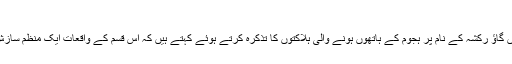
ویڈیو - The Siasat Daily
ممتاز سماجی جہدکار او رمورخ رام پنیانی اپنے اس ویڈیو میں گاؤ رکشہ کے نام پر ہجوم کے ہاتھوں ہونے والی ہلاکتوں کا تذکرہ کرتے ہوئے کہتے ہیں کہ اس قسم کے واقعات ایک منظم سازش کا حصہ ہیں جو مسلمانوں کے خلاف استعمال کیاجارہا ہے۔